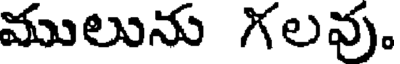
ములును గలవు.